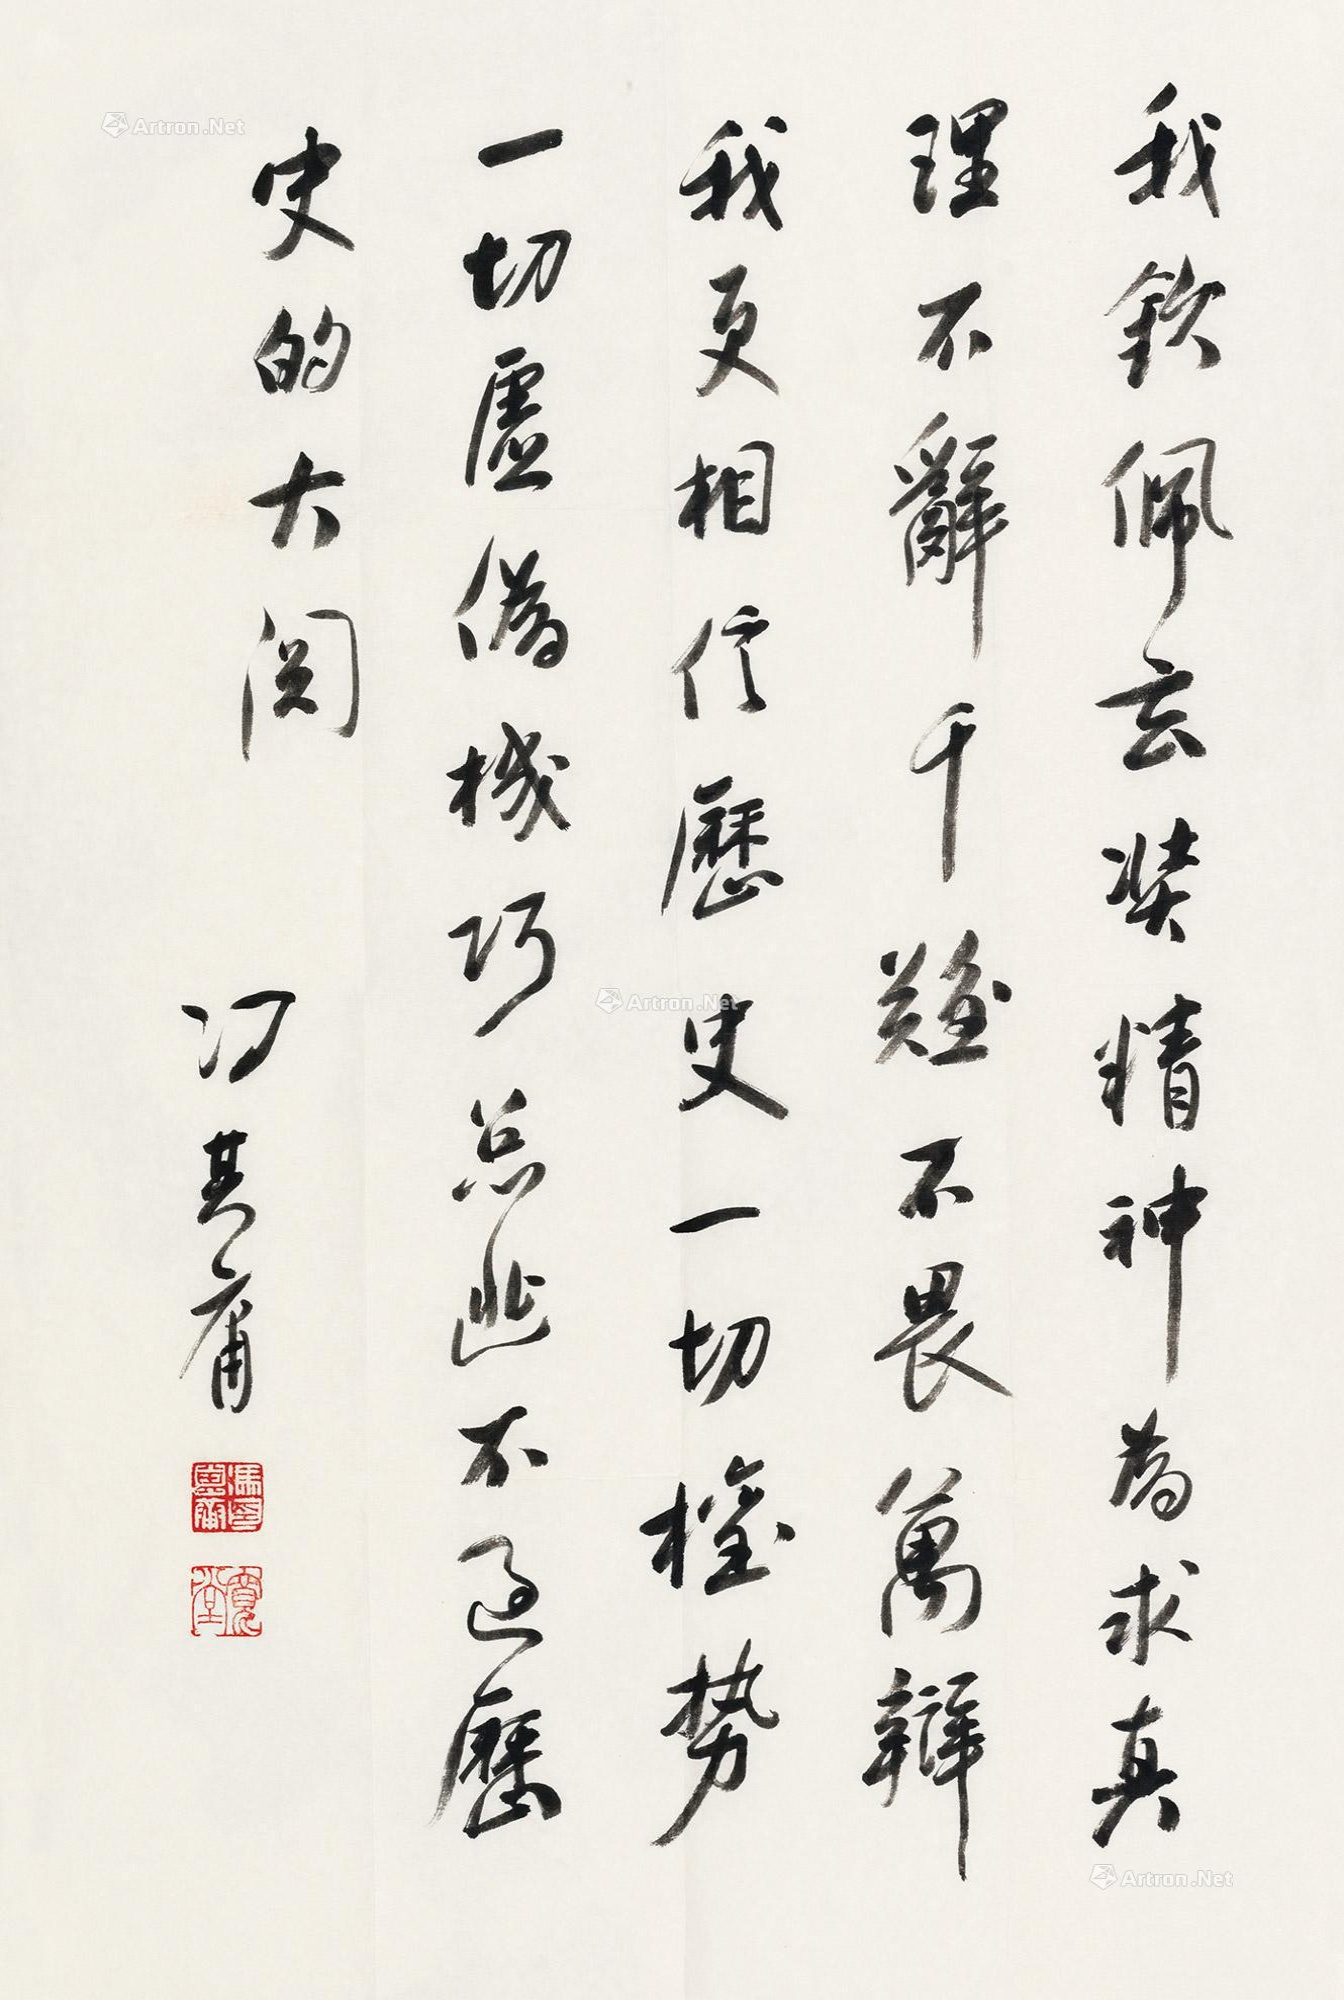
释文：我钦佩玄奘精神，为求真理不辞千难，不畏万辩。我更相信历史，一切权势、一切虚伪机巧总逃不过历史的大关。冯其庸印、宽堂